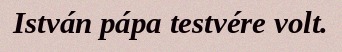
István pápa testvére volt.